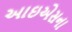
આઇએસના